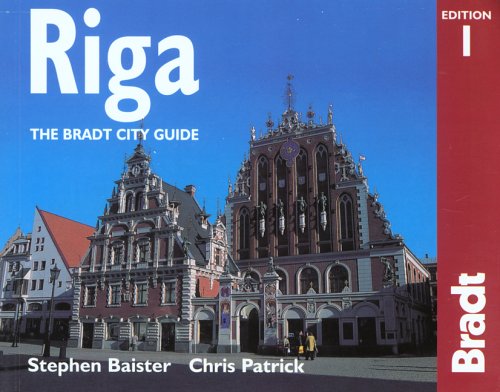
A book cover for Riga: The Bradt City Guide (Bradt Mini Guide); Stephen Baister; Travel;